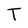
Character: T